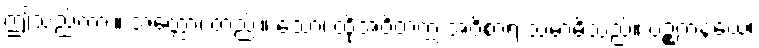
ဤသည်ကား။ အတ္ထော၊ တည်း။ သော၊ ထိုအဝိတက္က အဝိစာရ သမာဓိသည်။ ပဉ္စကနယေ၊